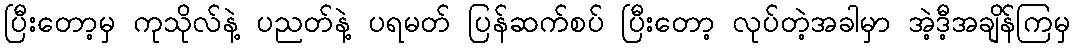
ပြီးတော့မှ ကုသိုလ်နဲ့ ပညတ်နဲ့ ပရမတ် ပြန်ဆက်စပ် ပြီးတော့ လုပ်တဲ့အခါမှာ အဲ့ဒီ့အချိန်ကြမှ